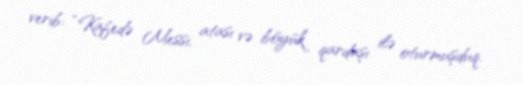
verib: “Kafedə Messi, atası və böyük qardaşı ilə oturmuşduq.